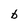
Character: b